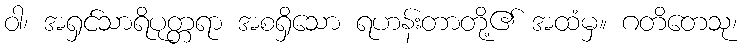
ဝါ၊ အရှင်သာရိပုတ္တရာ အစရှိသော ရဟန်းတာတို့၏ အထံမှ။ ဂတိတေသု၊